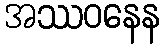
အဿဝနေန